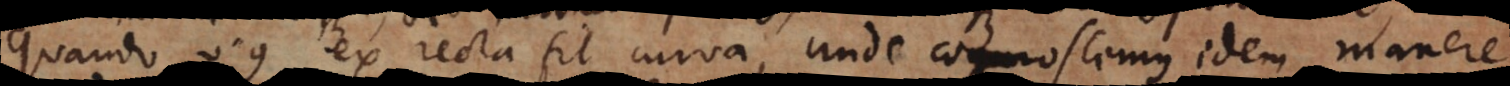
quando v.g. ex recta fit curva, unde cognoscemus idem maner